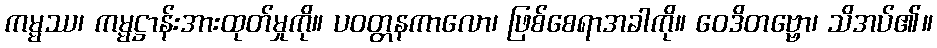
ကမ္မဿ၊ ကမ္မဋ္ဌာန်းအားထုတ်မှုကို။ ပဝတ္တနကာလော၊ ဖြစ်စေရာအခါကို။ ဝေဒိတဗ္ဗော၊ သိအပ်၏။